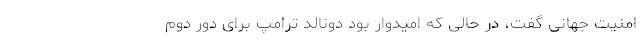
امنیت جهانی گفت، در حالی که امیدوار بود دونالد ترامپ برای دور دوم